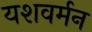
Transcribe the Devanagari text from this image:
यशवर्मन